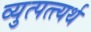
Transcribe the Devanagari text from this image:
व्युत्पत्त्यर्थ